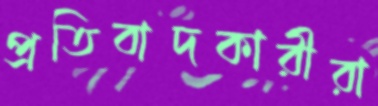
প্রতিবাদকারীরা